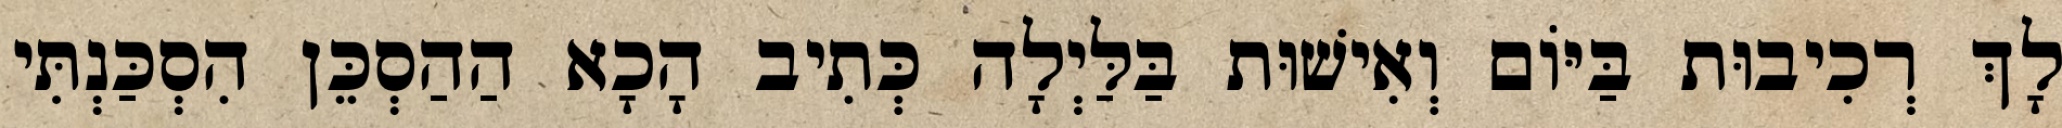
לָךְ רְכִיבוּת בַּיּוֹם וְאִישׁוּת בַּלַּיְלָה כְּתִיב הָכָא הַהַסְכֵּן הִסְכַּנְתִּי